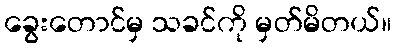
ခွေးတောင်မှ သခင်ကို မှတ်မိတယ်။